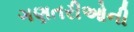
ગણતરીઓની